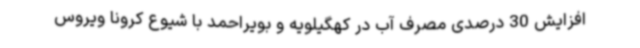
افزایش 30 درصدی مصرف آب در کهگیلویه و بویراحمد با شیوع کرونا ویروس